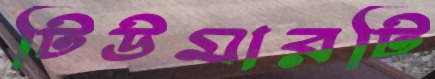
টিউমারটি